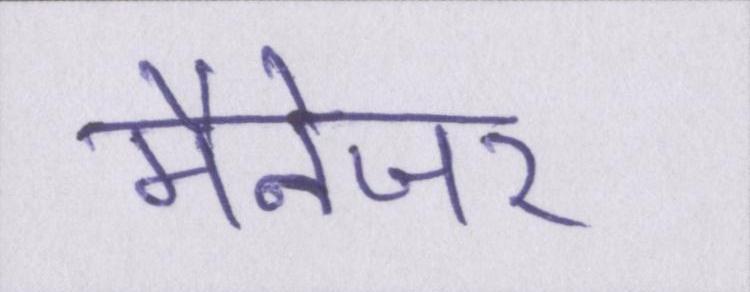
मैनेजर